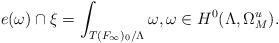
LaTeX: \begin{align*}e(\omega)\cap \xi=\int_{T(F_\infty)_0/\Lambda} \omega,\omega\in H^0(\Lambda,\Omega_M^u).\end{align*}